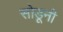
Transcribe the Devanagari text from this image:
सोडूनी